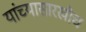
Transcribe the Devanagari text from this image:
यांच्यासारखीच